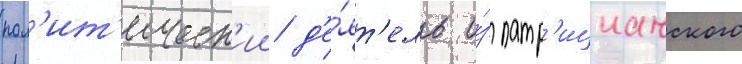
пол'ит'ическ'ии д'е́ят'ель и́з патр'ицианского